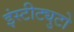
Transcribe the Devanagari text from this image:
इंस्टीट्युटो